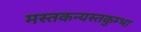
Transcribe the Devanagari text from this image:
मस्तकन्यस्तकुम्भा